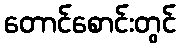
တောင်စောင်းတွင်